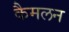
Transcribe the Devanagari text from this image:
कैमलन